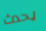
يحدث